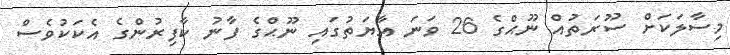
މިސާލަކަށް ސޫރަތުއް ނޫޙްގެ 26 ވަނަ އާޔަތުގައި ނޫޙްގެ ފާނު ކާފިރުންގެ އެކަކުވެސް